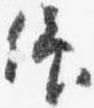
仰